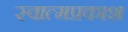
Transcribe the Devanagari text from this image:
स्वात्मप्रकाश